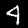
Label: 4